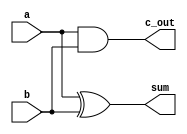
`timescale 1ns / 1ps
//////////////////////////////////////////////////////////////////////////////////
// Company: 
// Engineer: 
// 
// Design Name: 
// Module Name: Half_Adder
// Project Name: 
// Target Devices: 
// Tool Versions: 
// Description: 
// 
// Dependencies: 
// 
// Revision:
// Revision 0.01 - File Created
// Additional Comments:
// 
//////////////////////////////////////////////////////////////////////////////////

module Half_Adder(

    output wire sum,
    output wire c_out,
    input wire a, 
    input wire b
);

xor u1(sum, a, b);
and u2 (c_out, a, b);
 
endmodule